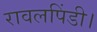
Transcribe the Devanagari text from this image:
रावलपिंडी।